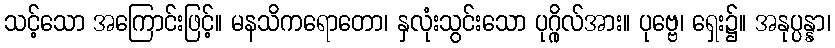
သင့်သော အကြောင်းဖြင့်။ မနသိကရောတော၊ နှလုံးသွင်းသော ပုဂ္ဂိုလ်အား။ ပုဗ္ဗေ၊ ရှေး၌။ အနုပ္ပန္နာ၊